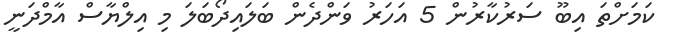
ކަމަށްތަ އިބޫ ސަރުކާރުން 5 އަހަރު ވަންދެން ބަލައިދޯބަލަ މި އިލްޔާސް އާމްދަނީ